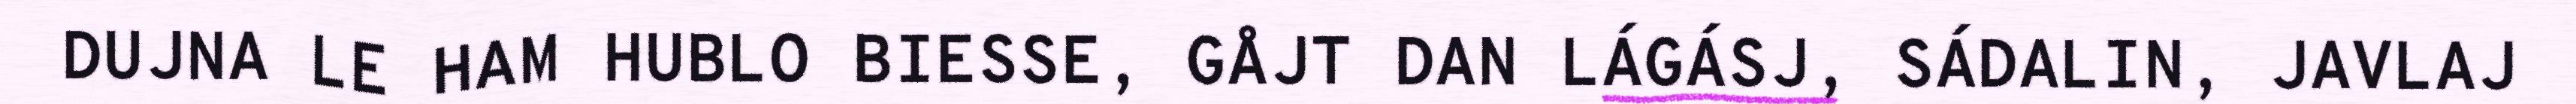
DUJNA LE HAM HUBLO BIESSE, GÅJT DAN LÁGÁSJ, SÁDALIN, JAVLAJ